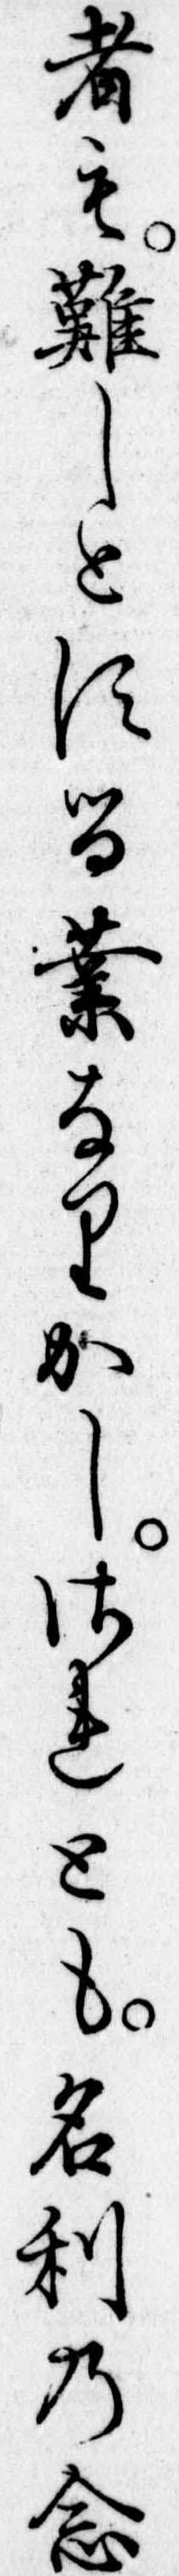
者も難しとする業なりかしされとも名利の念